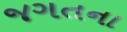
જગતના